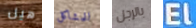
هيل للمشاكل بالرجل El